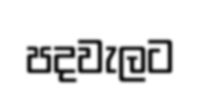
පදවැලට